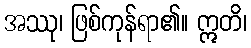
အဿု၊ ဖြစ်ကုန်ရာ၏။ ဣတိ၊